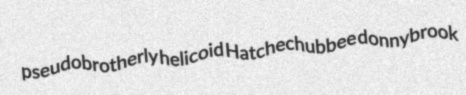
pseudobrotherly helicoid Hatchechubbee donnybrook